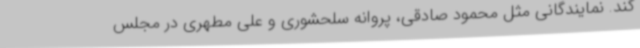
کند. نمایندگانی مثل محمود صادقی، پروانه سلحشوری و علی مطهری در مجلس